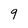
Character: g